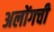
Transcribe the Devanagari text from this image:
अलोंगची